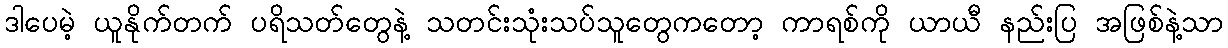
ဒါပေမဲ့ ယူနိုက်တက် ပရိသတ်တွေနဲ့ သတင်းသုံးသပ်သူတွေကတော့ ကာရစ်ကို ယာယီ နည်းပြ အဖြစ်နဲ့သာ